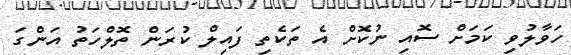
ހަވާލުވި ކަމަށް ސޮއި ނުކޮށް އެ ތަކެތި ފައިލް ކުރަން ތޮލްހަތު އަންގަ